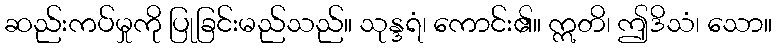
ဆည်းကပ်မှုကို ပြုခြင်းမည်သည်။ သုန္ဒရံ၊ ကောင်း၏။ ဣတိ၊ ဤဒိသံ၊ သော။